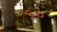
૬૦